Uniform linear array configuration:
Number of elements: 64
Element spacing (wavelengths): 0.75
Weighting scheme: blackman
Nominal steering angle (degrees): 30
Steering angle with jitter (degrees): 30.649
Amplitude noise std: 0.05
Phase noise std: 0.05

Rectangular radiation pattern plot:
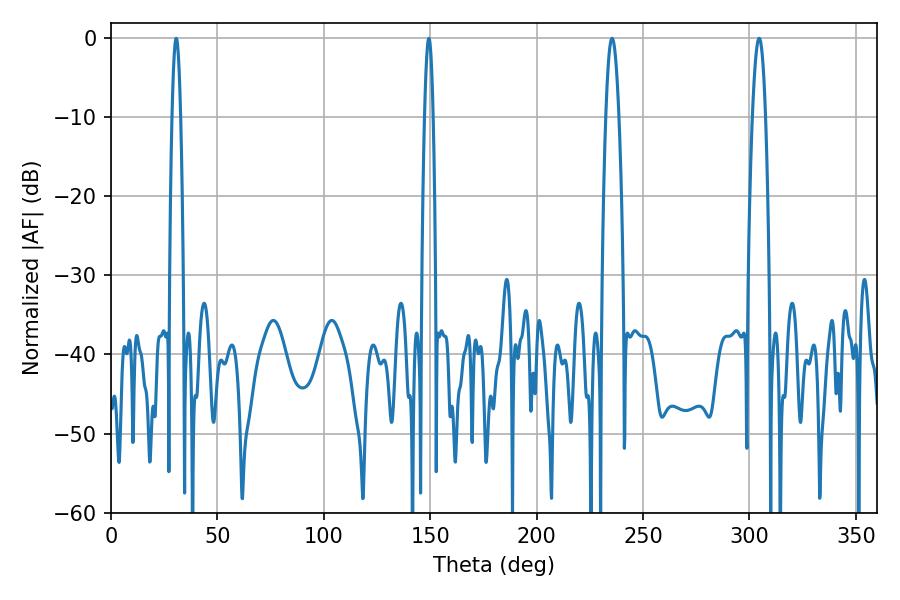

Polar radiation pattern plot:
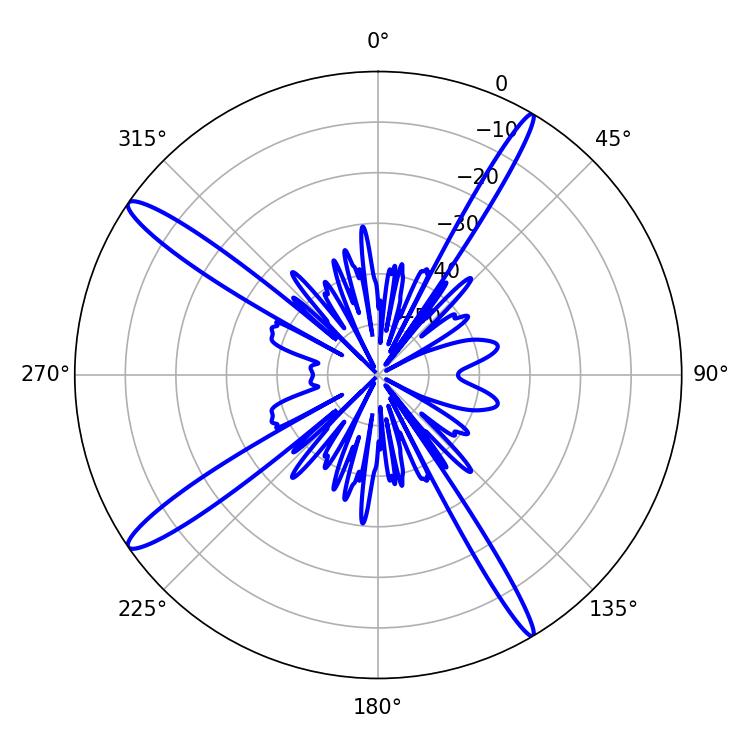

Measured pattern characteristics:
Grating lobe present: TRUE
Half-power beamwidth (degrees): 3.24
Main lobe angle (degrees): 235.44